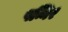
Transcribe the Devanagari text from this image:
पन्निर